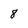
Character: 8